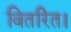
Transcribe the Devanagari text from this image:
वितरित।